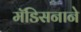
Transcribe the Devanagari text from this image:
मॅडिसनाने